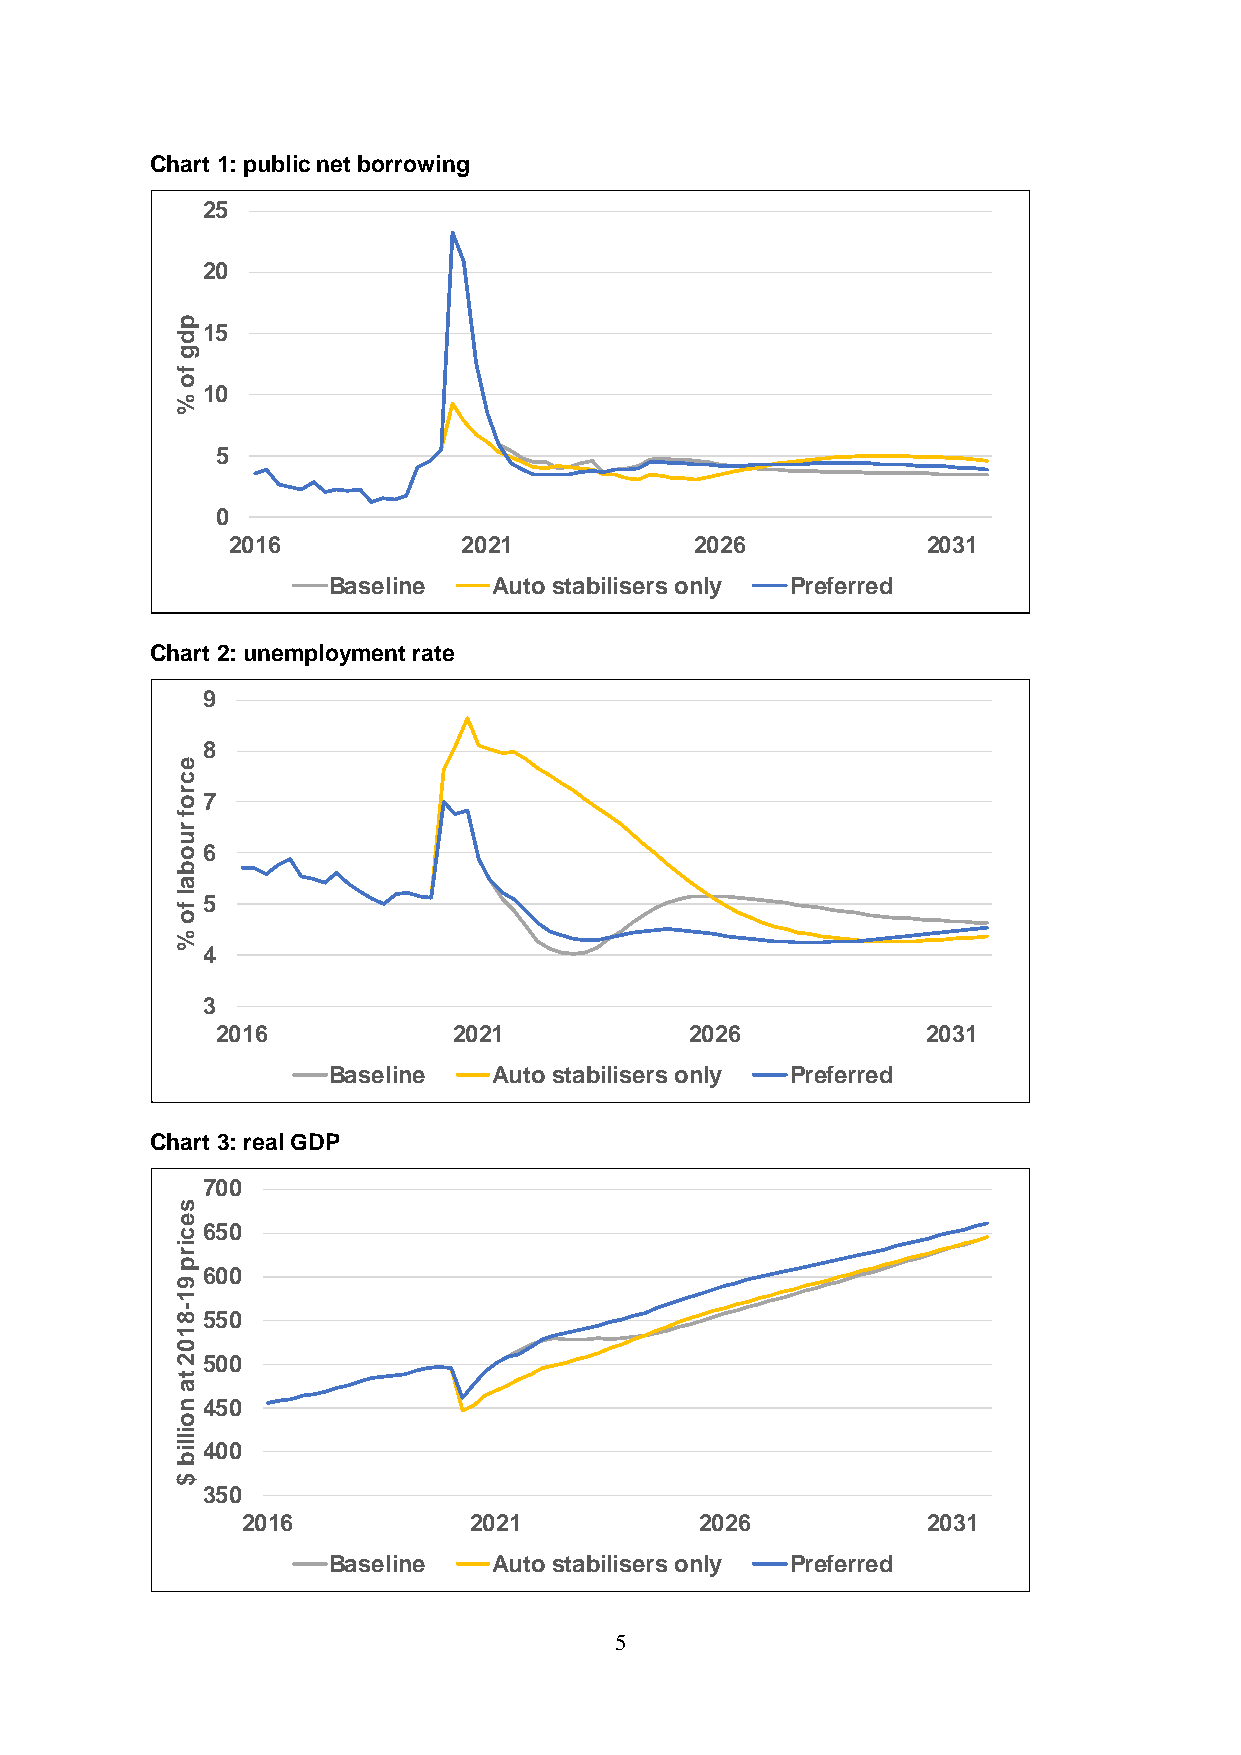
Chart 1: public net borrowing
 25
 20
 p
 15
 d
 g
 f
 o
 10
 %
 5
 0
 2016            2021           2026           2031
 Baseline   Auto stabilisers only Preferred
 Chart 2: unemployment rate
 9
 8
 e
 c
 r
 o7
 f
 r
 u
 o6
 b
 a
 l f5
 o
 %
 4
 3
 2016            2021            2026           2031
 Baseline   Auto stabilisers only Preferred
 Chart 3: real GDP
 700
 s
 e
 c650
 i
 r
 p
 600
 9
 1
 -
 8550
 1
 0
 2500
 t
 a
 n450
 o
 illi400
 b
 $
 350
 2016           2021           2026           2031
 Baseline   Auto stabilisers only Preferred
 5